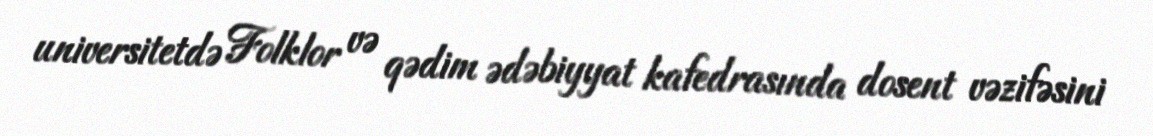
universitetdə Folklor və qədim ədəbiyyat kafedrasında dosent vəzifəsini